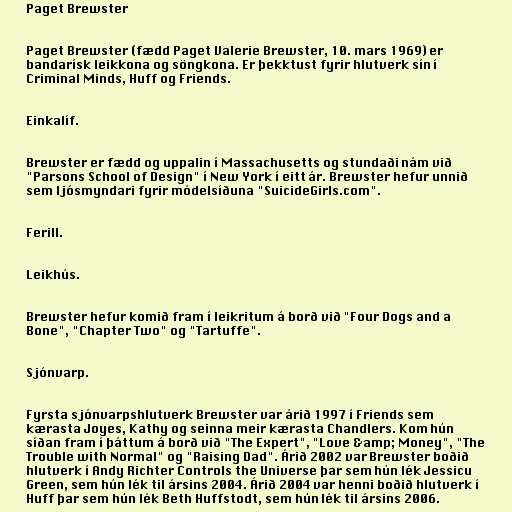
Paget Brewster

Paget Brewster (fædd Paget Valerie Brewster, 10. mars 1969) er
bandarísk leikkona og söngkona. Er þekktust fyrir hlutverk sín í
Criminal Minds, Huff og Friends.

Einkalíf.

Brewster er fædd og uppalin í Massachusetts og stundaði nám við
"Parsons School of Design" í New York í eitt ár. Brewster hefur unnið
sem ljósmyndari fyrir módelsíðuna "SuicideGirls.com".

Ferill.

Leikhús.

Brewster hefur komið fram í leikritum á borð við "Four Dogs and a
Bone", "Chapter Two" og "Tartuffe".

Sjónvarp.

Fyrsta sjónvarpshlutverk Brewster var árið 1997 í Friends sem
kærasta Joyes, Kathy og seinna meir kærasta Chandlers. Kom hún
síðan fram í þáttum á borð við "The Expert", "Love &amp; Money", "The
Trouble with Normal" og "Raising Dad". Árið 2002 var Brewster boðið
hlutverk í Andy Richter Controls the Universe þar sem hún lék Jessicu
Green, sem hún lék til ársins 2004. Árið 2004 var henni boðið hlutverk í
Huff þar sem hún lék Beth Huffstodt, sem hún lék til ársins 2006.